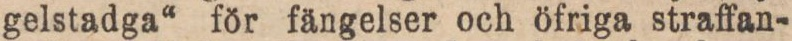
gelstadga“ för fängelser och öfriga straffan-